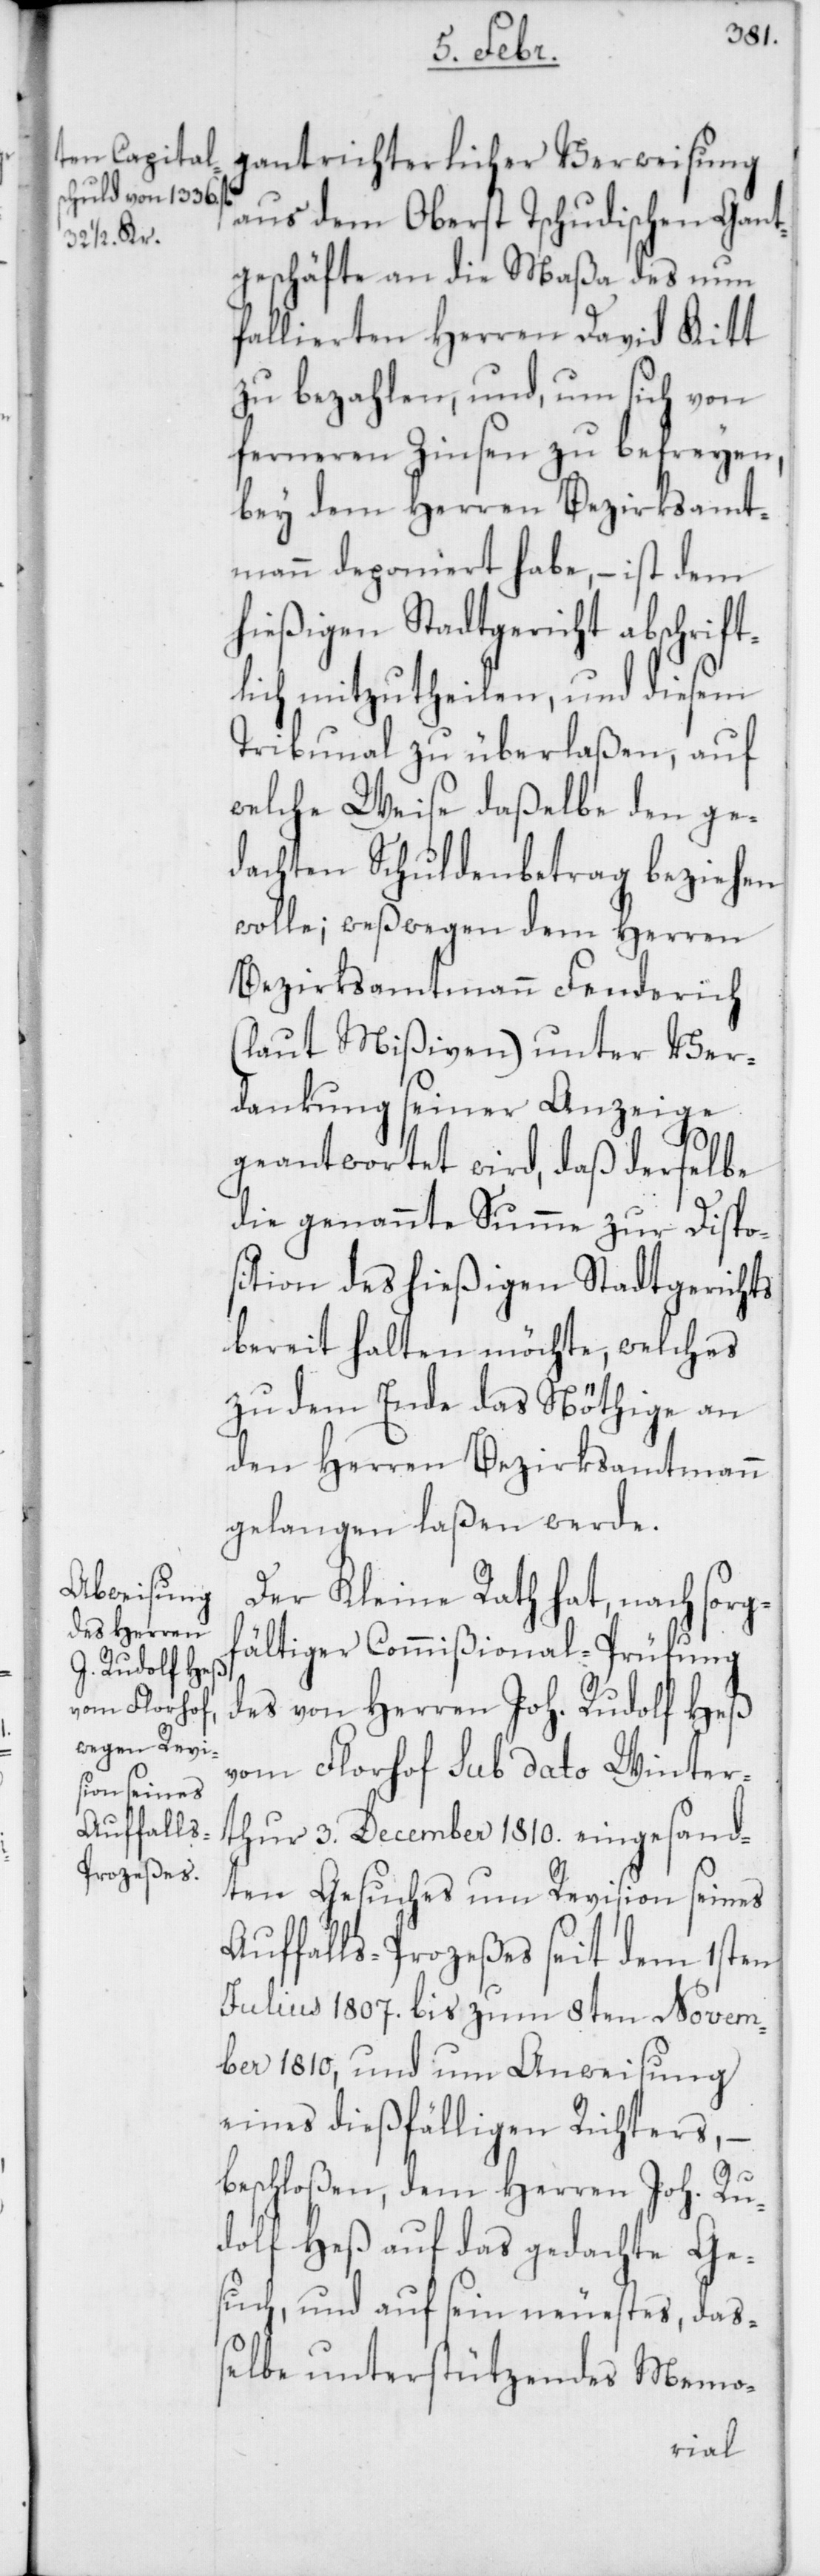
gantrichterlicher Verweisung
aus dem Oberst Tschudischen-Gant¬
geschäfte an die Maßa des nun
fallierten Herren David Kitt
zu bezahlen, und, um sich von
ferneren Zinsen zu befreyen,
bey dem Herren Bezirksamt¬
mann deponiert habe, – ist dem
hießigen Stadtgericht abschrift¬
lich mitzutheilen, und diesem
Tribunal zu überlaßen, auf
welche Weise daßelbe den ge¬
dachten Schuldenbetrag beziehen
wolle; weßwegen dem Herren
Bezirksamtmann Fenderich
(laut Mißiven) unter Ver¬
dankung seiner Anzeige
geantwortet wird, daß derselbe
die genannte Summe zur Dispo¬
sition des hießigen Stadtgerichts
bereit halten möchte, welches
zu dem Ende das Nöthige an
den Herren Bezirksamtmann
gelangen laßen werde.
Der Kleine Rath hat, nach sorg¬
fältiger Commißional-Prüfung
des von Herren Joh. Rudolf Heß
vom Florhof sub Dato Winter¬
thur 3. December 1810. eingesand¬
ten Gesuches um Revision seines
Auffalls-Prozeßes seit dem 1sten
Julius 1807. bis zum 8ten Novem¬
ber 1810, und um Anweisung
eines dießfälligen Richters, –
beschloßen, dem Herren Joh. Ru¬
dolf Heß auf das gedachte Ge¬
such, und auf sein neuestes, daß¬
elbe unterstützendes Memo-